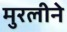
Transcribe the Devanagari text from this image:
मुरलीने